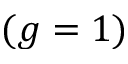
( g = 1 )